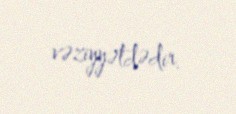
vəziyyətdədir.